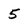
Character: 5